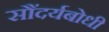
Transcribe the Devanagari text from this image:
सौंदर्यबोधी